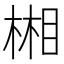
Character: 𣕦